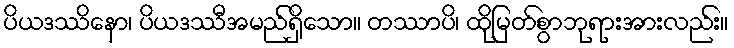
ပိယဒဿိနော၊ ပိယဒဿီအမည်ရှိသော။ တဿာပိ၊ ထိုမြတ်စွာဘုရားအားလည်း။